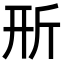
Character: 𣂖